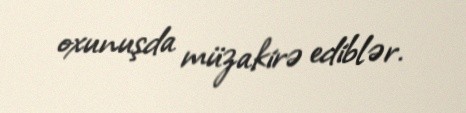
oxunuşda müzakirə ediblər.